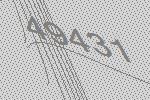
49431